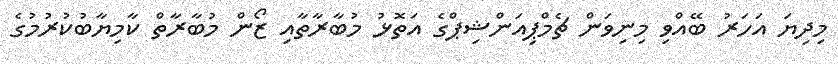
މިދިޔަ އަހަރު ބޭއްވި މިނިވަން ޗެމްޕިއަންޝިޕްގެ އަތޮޅު މުބާރާތާއި ޒޯން މުބާރާތް ކާމިޔާބުކުރުމުގެ